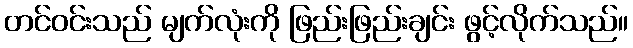
တင်ဝင်းသည် မျက်လုံးကို ဖြည်းဖြည်းချင်း ဖွင့်လိုက်သည်။